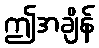
ဤအချိန်